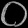
Digit: ၀